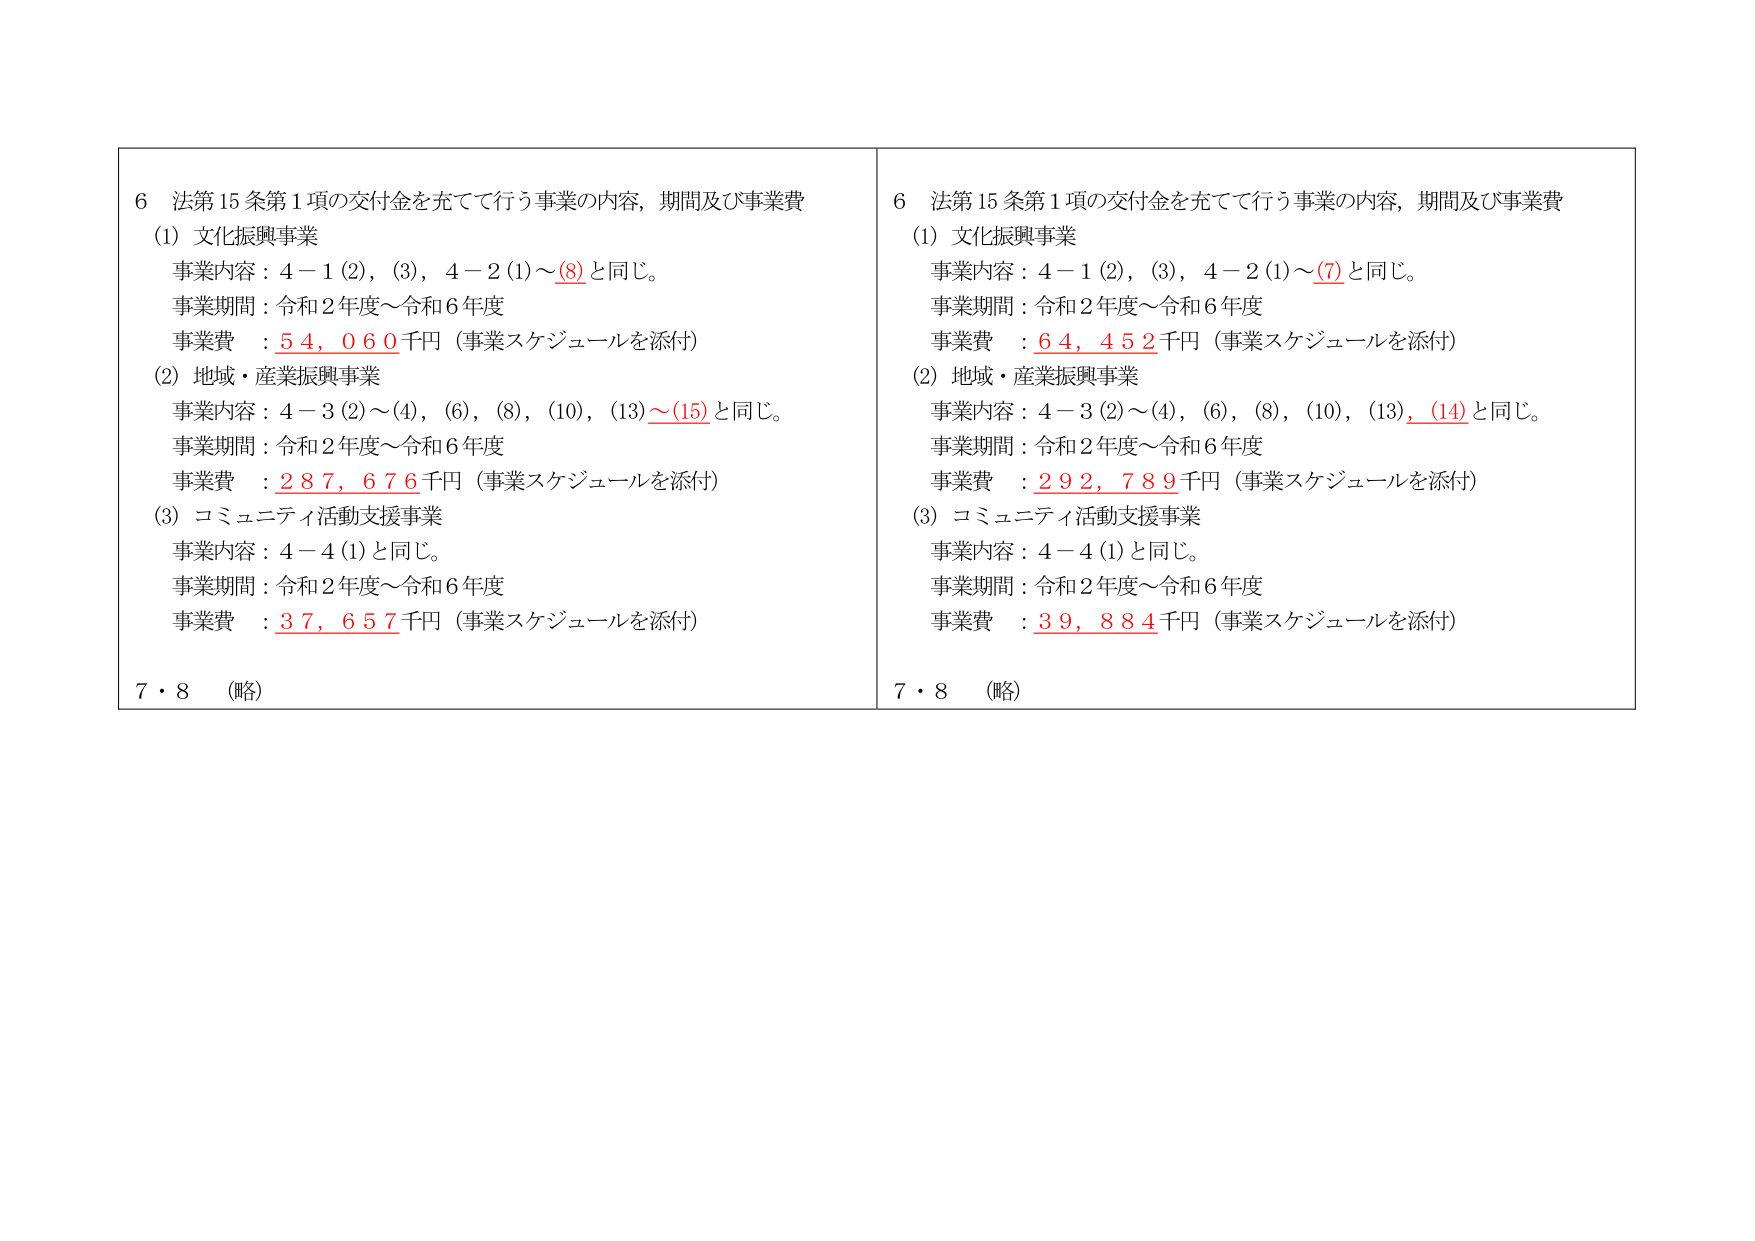
6 法第15条第1項の交付金を充てて行う事業の内容，期間及び事業費
(1) 文化振興事業
事業内容：4－1(2)，(3)，4－2(1)～(8)と同じ。
事業期間：令和2年度～令和6年度
事業費 ：54,060千円（事業スケジュールを添付）
(2) 地域・産業振興事業
事業内容：4－3(2)～(4)，(6)，(8)，(10)，(13)～(15)と同じ。
事業期間：令和2年度～令和6年度
事業費 ：287,676千円（事業スケジュールを添付）
(3) コミュニティ活動支援事業
事業内容：4－4(1)と同じ。
事業期間：令和2年度～令和6年度
事業費 ：37,657千円（事業スケジュールを添付）
7・8 （略）

6 法第15条第1項の交付金を充てて行う事業の内容，期間及び事業費
(1) 文化振興事業
事業内容：4－1(2)，(3)，4－2(1)～(7)と同じ。
事業期間：令和2年度～令和6年度
事業費 ：64,452千円（事業スケジュールを添付）
(2) 地域・産業振興事業
事業内容：4－3(2)～(4)，(6)，(8)，(10)，(13)，(14)と同じ。
事業期間：令和2年度～令和6年度
事業費 ：292,789千円（事業スケジュールを添付）
(3) コミュニティ活動支援事業
事業内容：4－4(1)と同じ。
事業期間：令和2年度～令和6年度
事業費 ：39,884千円（事業スケジュールを添付）
7・8 （略）